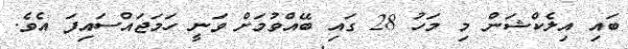
ބައި އިލެކްޝަން މި މަހު 28 ގައި ބޭއްވުމަށް ވަނީ ހަމަޖައްސައިފަ އެވެ.